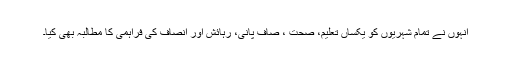
انہوں نے تمام شہریوں کو یکساں تعلیم، صحت ، صاف پانی، رہائش اور انصاف کی فراہمی کا مطالبہ بھی کیا۔